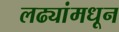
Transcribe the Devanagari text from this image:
लढ्यांमधून